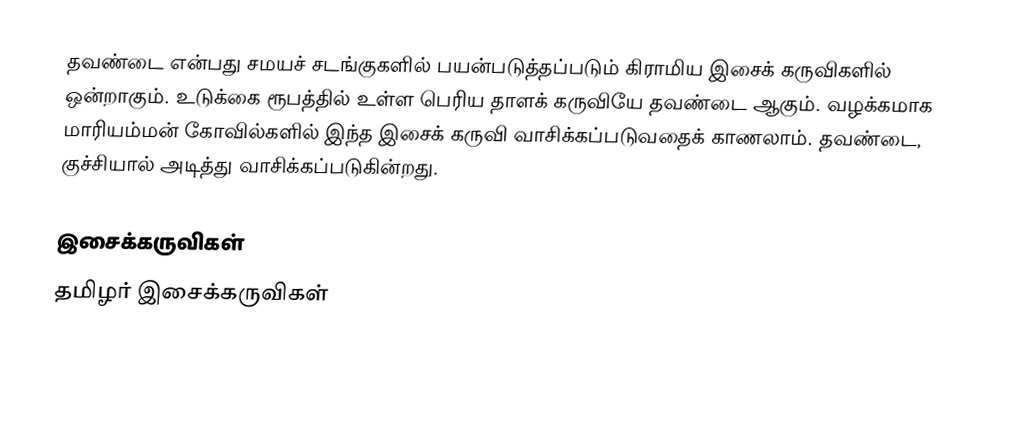
தவண்டை என்பது சமயச் சடங்குகளில் பயன்படுத்தப்படும் கிராமிய இசைக் கருவிகளில் ஒன்றாகும். உடுக்கை ரூபத்தில் உள்ள பெரிய தாளக் கருவியே தவண்டை ஆகும். வழக்கமாக மாரியம்மன் கோவில்களில் இந்த இசைக் கருவி வாசிக்கப்படுவதைக் காணலாம். தவண்டை, குச்சியால் அடித்து வாசிக்கப்படுகின்றது.

இசைக்கருவிகள்
தமிழர் இசைக்கருவிகள்